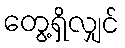
တွေ့ရှိလျှင်